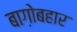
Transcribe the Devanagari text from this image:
बाग़ोबहार